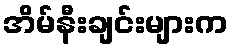
အိမ်နီးချင်းများက